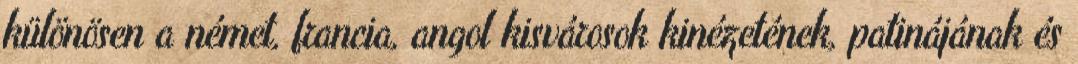
különösen a német, francia, angol kisvárosok kinézetének, patinájának és